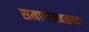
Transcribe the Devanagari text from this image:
समाधीजवळच्या